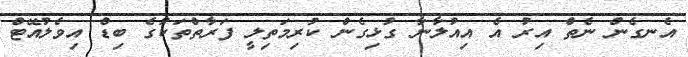
އެނގެން ނެތް އިރު އެ އިއުލާނާ ގުޅިގެން ކުރިމަތިލީ ފަރާތްތަކުގެ ބިޑް އިވެލުއޭޓް